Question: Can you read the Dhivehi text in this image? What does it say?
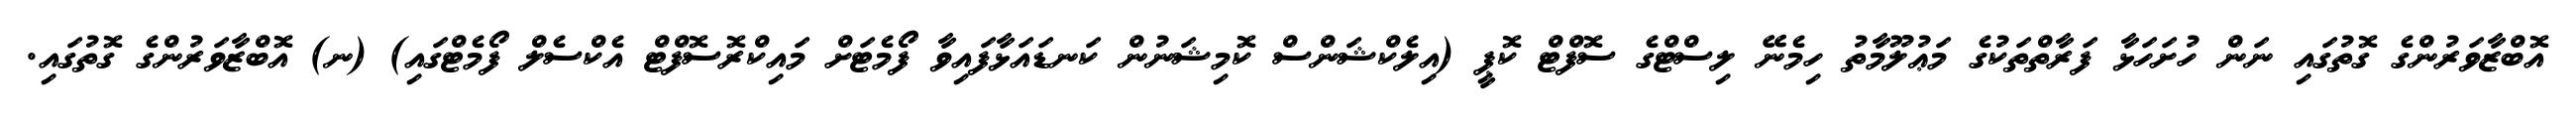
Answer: އޮބްޒާވަރުންގެ ގޮތުގައި ނަން ހުށަހަޅާ ފަރާތްތަކުގެ މަޢުލޫމާތު ހިމެނޭ ލިސްޓްގެ ސޮފްޓް ކޮޕީ (އިލެކްޝަންސް ކޮމިޝަނުން ކަނޑައަޅާފައިވާ ފޯމެޓަށް މައިކްރޮސޮފްޓް އެކްސެލް ފޯމެޓްގައި) (ނ) އޮބްޒާވަރުންގެ ގޮތުގައި.